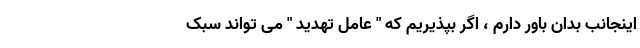
اینجانب بدان باور دارم ، اگر بپذیریم که " عامل تهدید " می تواند سبک